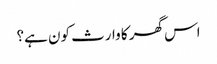
اس گھر کا وارث کون ہے؟